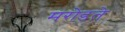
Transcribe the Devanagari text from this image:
मरोडते